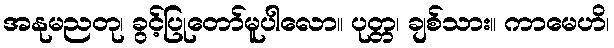
အနုမညတု၊ ခွင့်ပြုတော်မူပါလော။ ပုတ္တ၊ ချစ်သား။ ကာမေဟိ၊